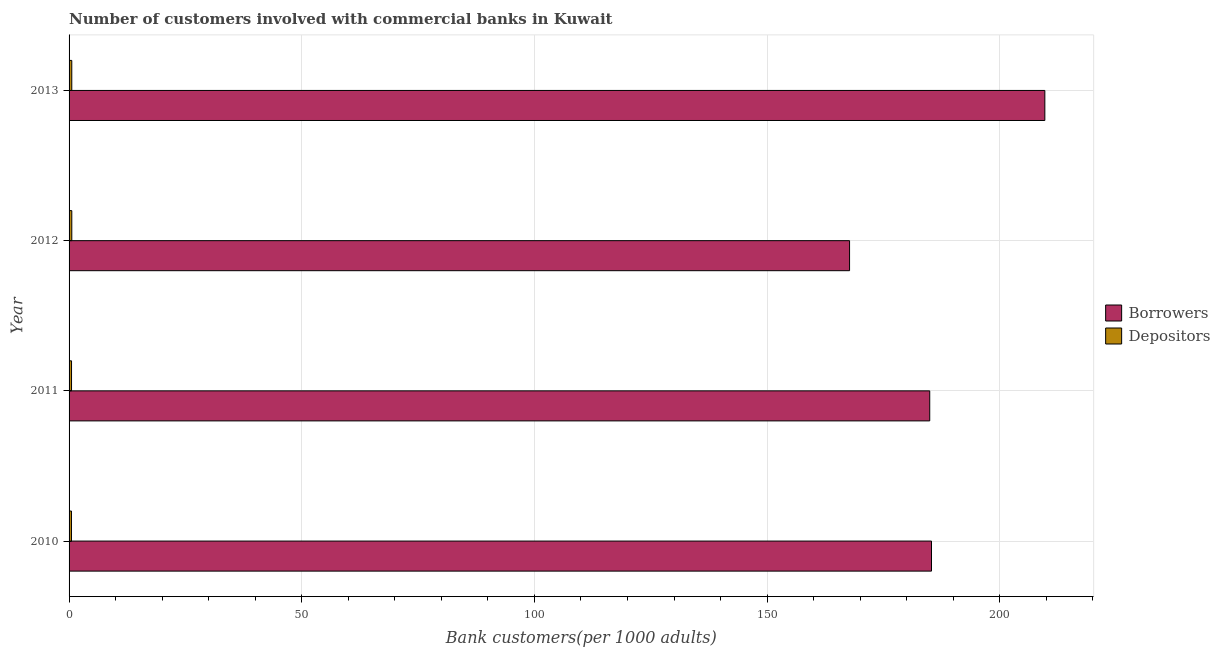
| Year | Borrowers | Depositors |
 | --- | --- | --- |
 | 2010 | 185 | 0.515 |
 | 2011 | 185 | 0.529 |
 | 2012 | 168 | 0.585 |
 | 2013 | 210 | 0.582 |